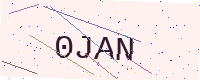
Text: 0JAN